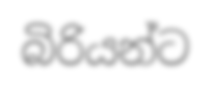
බිරියන්ට